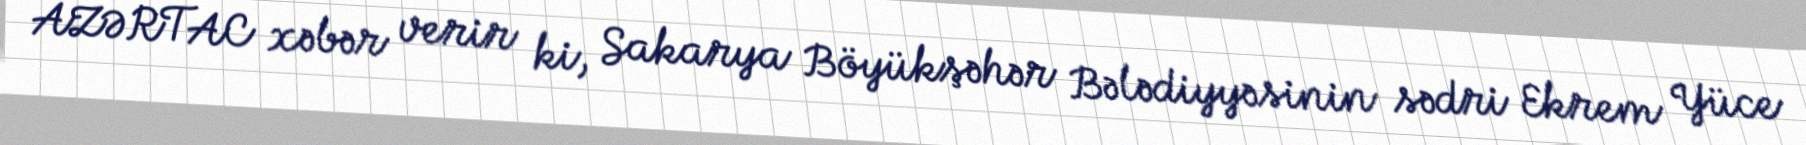
AZƏRTAC xəbər verir ki, Sakarya Böyükşəhər Bələdiyyəsinin sədri Ekrem Yüce